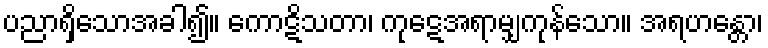
ပညာရှိသောအခါ၍။ ကောဋိသတာ၊ ကုဋေအရာမျှကုန်သော။ အရဟန္တော၊